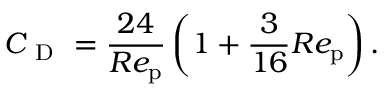
C _ { \mathrm { ~ D ~ } } = \frac { 2 4 } { R e _ { \mathrm { p } } } \left( 1 + \frac { 3 } { 1 6 } R e _ { \mathrm { p } } \right) .